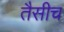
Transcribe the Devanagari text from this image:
तैसीच